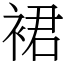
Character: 裙